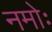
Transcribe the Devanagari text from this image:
नमोः